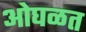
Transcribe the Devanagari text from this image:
ओघळत